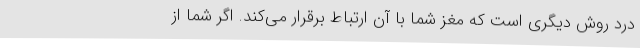
درد روش دیگری است که مغز شما با آن ارتباط برقرار می‌کند. اگر شما از